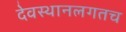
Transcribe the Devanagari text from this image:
देवस्थानलगतच